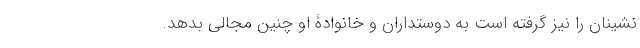
‌نشینان را نیز گرفته است به دوستداران و خانوادۀ او چنین مجالی بدهد.